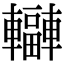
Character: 𨏟